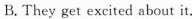
B. They get excited about it.